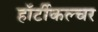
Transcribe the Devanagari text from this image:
हॉर्टीकल्चर